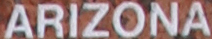
ARIZONA